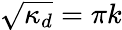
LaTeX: \sqrt{\kappa_{d}}=\pi k